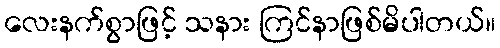
လေးနက်စွာဖြင့် သနား ကြင်နာဖြစ်မိပါတယ်။